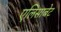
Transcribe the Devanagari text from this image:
एलिसाबेट